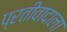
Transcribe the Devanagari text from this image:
प्रतीवादाला